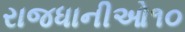
રાજધાનીઓ૧૦